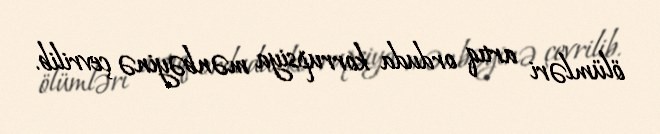
ölümləri artıq orduda korrupsiya mənbəyinə çevrilib.